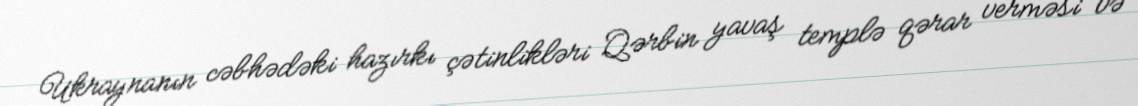
Ukraynanın cəbhədəki hazırkı çətinlikləri Qərbin yavaş templə qərar verməsi və